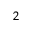
^ 2